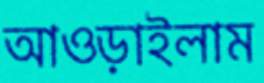
আওড়াইলাম